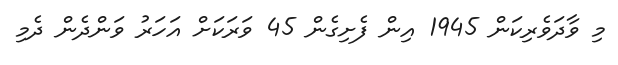
މި ވާދަވެރިކަން 1945 އިން ފެށިގެން 45 ވަރަކަށް އަހަރު ވަންދެން ދެމި